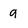
Character: g